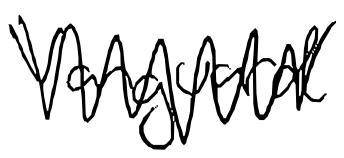
Text: Vanguard
Cross-out: zig-zag
Writing tool: digital_black